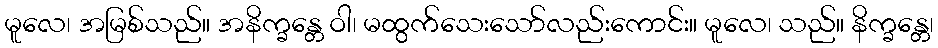
မူလေ၊ အမြစ်သည်။ အနိက္ခန္တေ ဝါ၊ မထွက်သေးသော်လည်းကောင်း။ မူလေ၊ သည်။ နိက္ခန္တေ၊